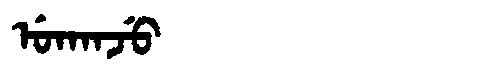
Manchu: ᡠᡴᠠᠨᠵᡠ
Romanization: UKANJU